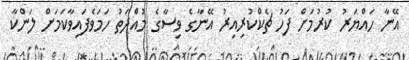
އޭނާ ހައްޔަރު ކުރުމަށް ފަހު ޗެކްކުރިއިރު އޭނާގެ ވިސާގެ މުއްދަތު ހަމަވެފައިވާކަމަށް ލަންކާ